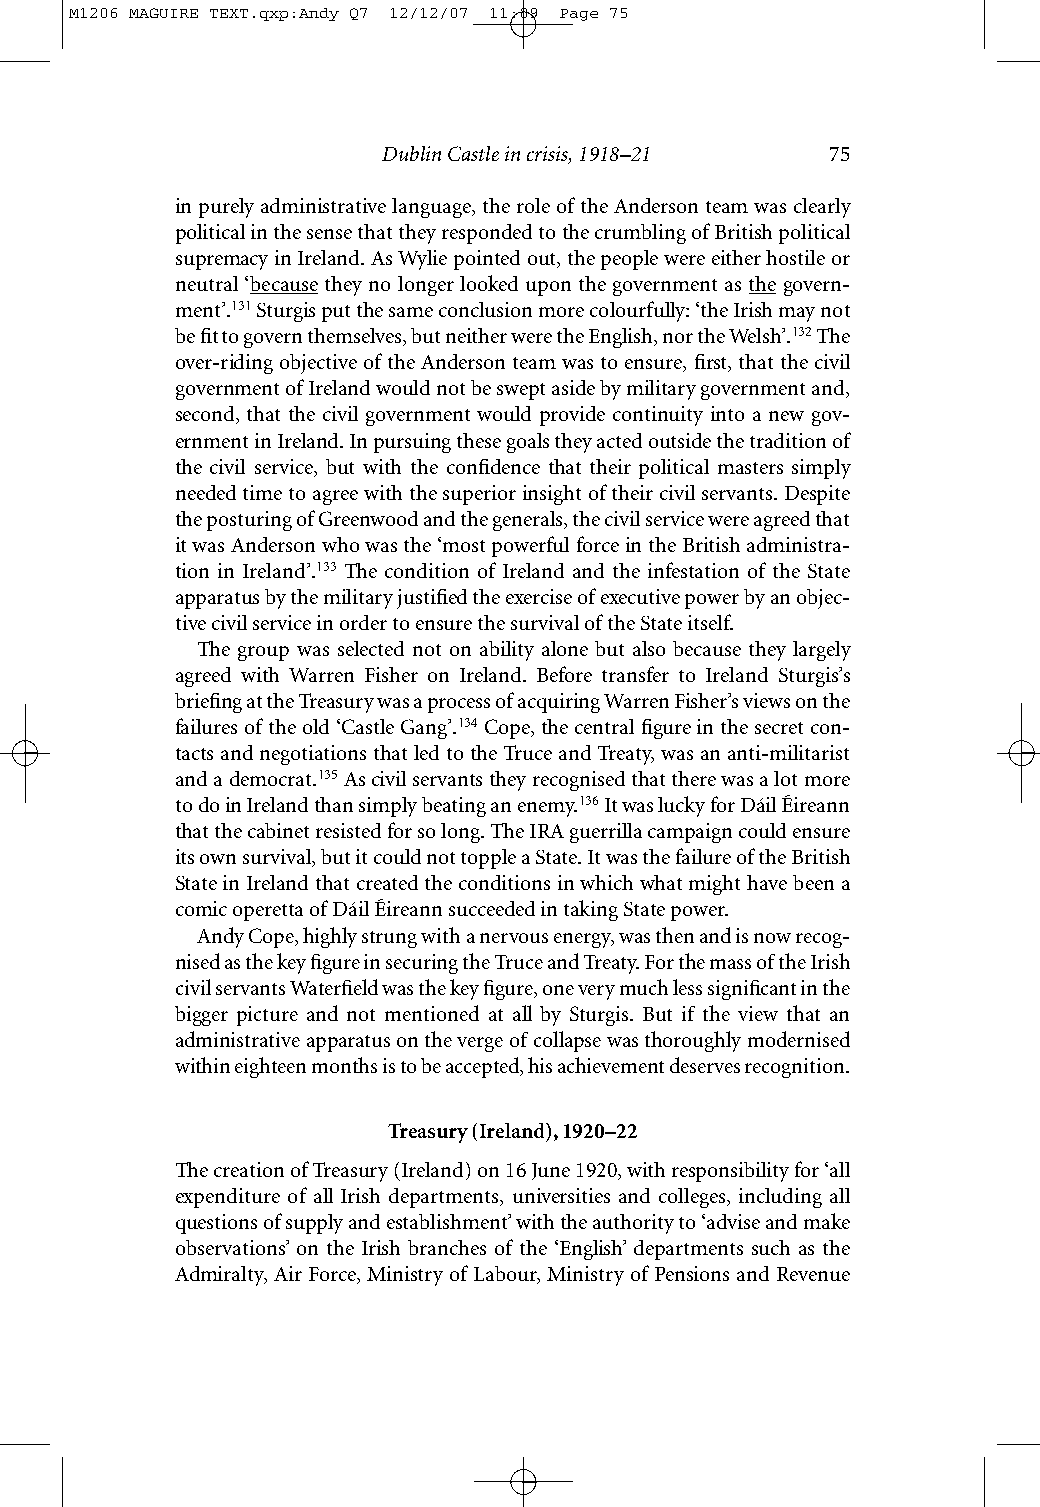
M1206 MAGUIRE TEXT.qxp:Andy Q7 12/12/07 11:09 Page 75
 Dublin Castle in crisis, 1918–21 75
 in purely administrative language, the role of the Anderson team was clearly
 political in the sense that they responded to the crumbling of British political
 supremacy in Ireland. As Wylie pointed out, the people were either hostile or
 neutral ‘because they no longer looked upon the government as the govern-
 ment’.131Sturgis put the same conclusion more colourfully: ‘the Irish may not
 be fit to govern themselves, but neither were the English, nor the Welsh’.132The
 over-riding objective of the Anderson team was to ensure, first, that the civil
 government of Ireland would not be swept aside by military government and,
 second, that the civil government would provide continuity into a new gov-
 ernment in Ireland. In pursuing these goals they acted outside the tradition of
 the civil service, but with the confidence that their political masters simply
 needed time to agree with the superior insight of their civil servants. Despite
 the posturing of Greenwood and the generals, the civil service were agreed that
 it was Anderson who was the ‘most powerful force in the British administra-
 tion in Ireland’.133 The condition of Ireland and the infestation of the State
 apparatus by the military justified the exercise of executive power by an objec-
 tive civil service in order to ensure the survival of the State itself.
 The group was selected not on ability alone but also because they largely
 agreed with Warren Fisher on Ireland. Before transfer to Ireland Sturgis’s
 briefing at the Treasury was a process of acquiring Warren Fisher’s views on the
 failures of the old ‘Castle Gang’.134Cope, the central figure in the secret con-
 tacts and negotiations that led to the Truce and Treaty, was an anti-militarist
 and a democrat.135As civil servants they recognised that there was a lot more
 to do in Ireland than simply beating an enemy.136It was lucky for Dáil Éireann
 that the cabinet resisted for so long. The IRA guerrilla campaign could ensure
 its own survival, but it could not topple a State. It was the failure of the British
 State in Ireland that created the conditions in which what might have been a
 comic operetta of Dáil Éireann succeeded in taking State power.
 Andy Cope, highly strung with a nervous energy, was then and is now recog-
 nised as the key figure in securing the Truce and Treaty. For the mass of the Irish
 civil servants Waterfield was the key figure, one very much less significant in the
 bigger picture and not mentioned at all by Sturgis. But if the view that an
 administrative apparatus on the verge of collapse was thoroughly modernised
 within eighteen months is to be accepted, his achievement deserves recognition.
 Treasury (Ireland), 1920–22
 The creation of Treasury (Ireland) on 16 June 1920, with responsibility for ‘all
 expenditure of all Irish departments, universities and colleges, including all
 questions of supply and establishment’ with the authority to ‘advise and make
 observations’ on the Irish branches of the ‘English’ departments such as the
 Admiralty, Air Force, Ministry of Labour, Ministry of Pensions and Revenue